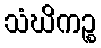
သံဃိကဉ္စ